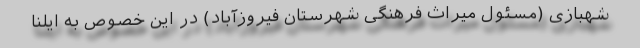
شهبازی (مسئول میراث فرهنگی شهرستان فیروزآباد) در این خصوص به ایلنا